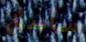
سأسأل